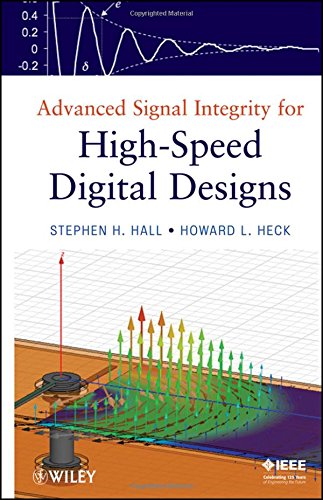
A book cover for Advanced Signal Integrity for High-Speed Digital Designs; Stephen H. Hall; Science & Math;